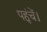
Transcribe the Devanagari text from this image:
पहुंचें।